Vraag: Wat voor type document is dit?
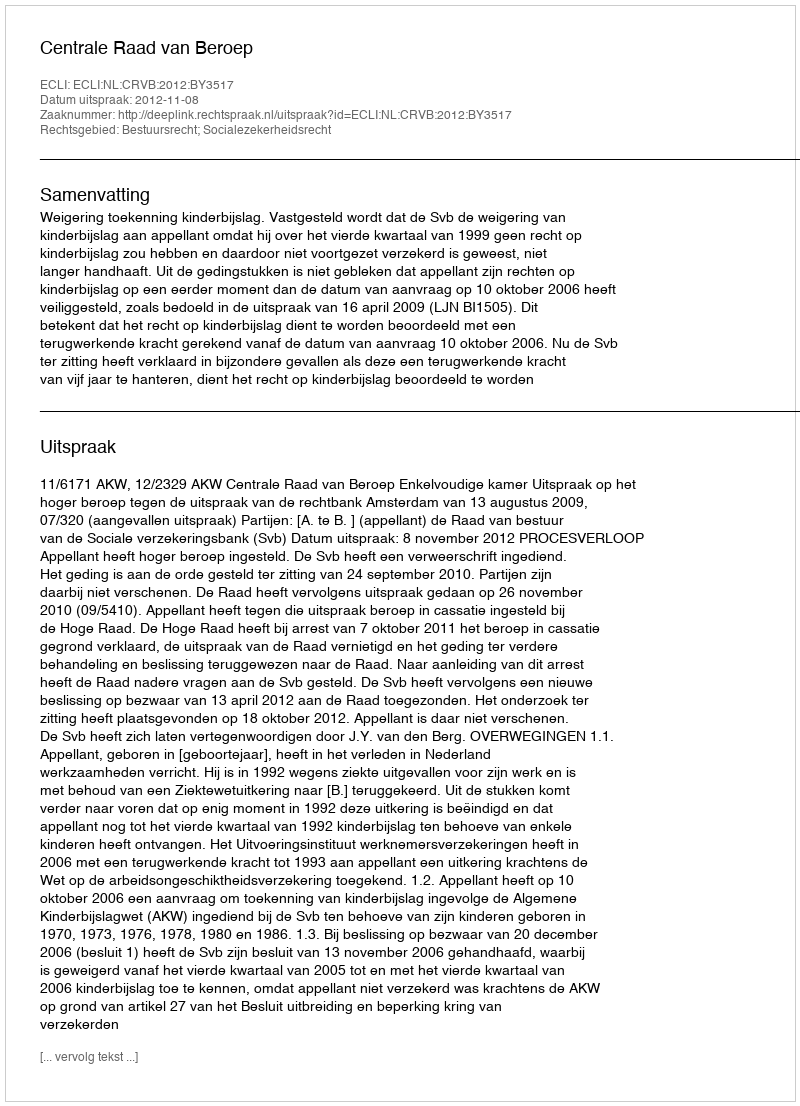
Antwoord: Uitspraak